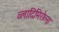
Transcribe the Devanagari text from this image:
व्लादिमिरोव्ना